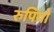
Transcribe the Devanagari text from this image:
रुपियो